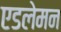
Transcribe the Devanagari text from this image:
एडलेमन